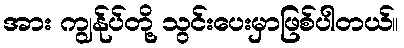
အား ကျွန်ုပ်တို့ သွင်းပေးမှာဖြစ်ပါတယ်။